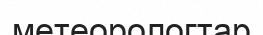
метеорологтар